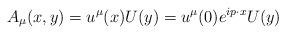
LaTeX: \begin{align*}A_{\mu}(x,y)=u^{\mu}(x)U(y)=u^{\mu}(0)e^{ip\cdot x}U(y)\end{align*}